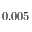
0 . 0 0 5